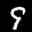
Label: 9